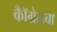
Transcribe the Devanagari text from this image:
कॉँग्रेसचा